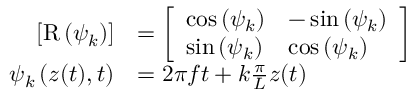
\begin{array} { r l } { \left[ \mathrm { R } \left( \psi _ { k } \right) \right] } & { = \left[ \begin{array} { l l } { \cos \left( \psi _ { k } \right) } & { - \sin \left( \psi _ { k } \right) } \\ { \sin \left( \psi _ { k } \right) } & { \cos \left( \psi _ { k } \right) } \end{array} \right] } \\ { \psi _ { k } \left( z ( t ) , t \right) } & { = 2 \pi f t + k \frac { \pi } { L } z ( t ) } \end{array}